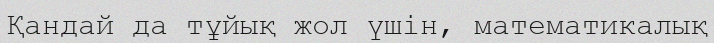
Қандай да тұйық жол үшін, математикалық